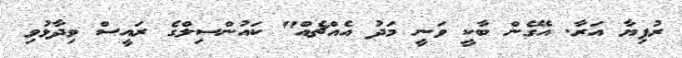
ރުފިޔާ އަރާ. އޭގެން ބާކީ ވަނީ މަދު އެއްޗެއް" ކައުންސިލްގެ ރައީސް ވިދާޅުވި